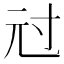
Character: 㝴